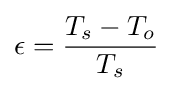
\epsilon ={\frac {T_{s}-T_{o}}{T_{s}}}